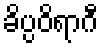
ခိပ္ပဝိရာဂီ